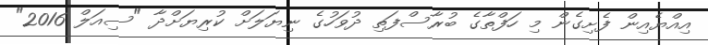
އިއްޔެއިން ފެށިގެން މި ހަފްތާގެ ބުރާސްފަތި ދުވަހުގެ ނިޔަލަށް ކުރިޔަށްދާ "ސިއަލް 2016"